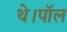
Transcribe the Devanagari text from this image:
थे।पॉल